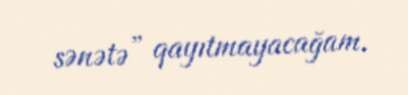
sənətə” qayıtmayacağam.